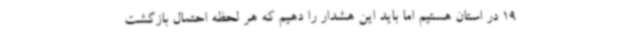
19 در استان هستیم اما باید این هشدار را دهیم که هر لحظه احتمال بازگشت